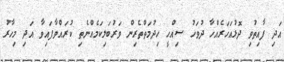
އަދި ފާއިތުވި ދޮޅުއަހަރެއްހާ ދުވަހު ސިއްހީ ހިދުމަތްތެރިން ވަރުބަލިކަމެއްނެތި ކުރައްވާފައިވާ އަދި މިހާރު